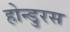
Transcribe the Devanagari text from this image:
होन्डुरस